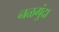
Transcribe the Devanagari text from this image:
नळगुंदा